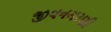
જીવનસરણી